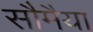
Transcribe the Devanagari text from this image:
सौमैया